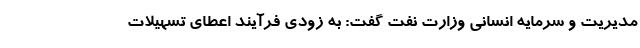
مدیریت و سرمایه انسانی وزارت نفت گفت: به زودی فرآیند اعطای تسهیلات